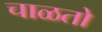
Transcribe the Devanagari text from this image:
चाळतो